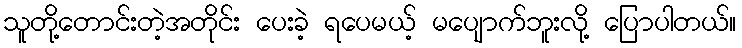
သူတို့တောင်းတဲ့အတိုင်း ပေးခဲ့ ရပေမယ့် မပျောက်ဘူးလို့ ပြောပါတယ်။